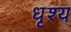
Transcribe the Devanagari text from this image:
धृश्य